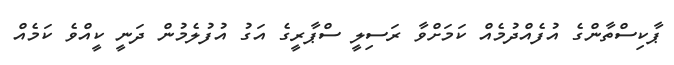
ޕާކިސްތާންގެ އުފެއްދުމެއް ކަމަށްވާ ރަސިލީ ސްޕާރީގެ އަގު އުފުލެމުން ދަނީ ކީއްވެ ކަމެއް